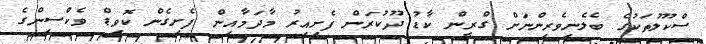
ސްކޫލުތަކުގެ ބެެލެނިވެރިންނަށް ގްރީން ކާޑު ދޫކުރަން ފެށިއިރު މާދަމާއިން ފެށިގެން ކޮވިޑް ވެކްސިންގެ